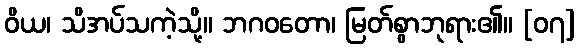
ဝိယ၊ သိအပ်သကဲ့သို့။ ဘဂဝတော၊ မြတ်စွာဘုရား၏။ [၀၇]